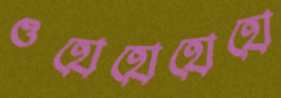
ওহোহোহোহো